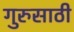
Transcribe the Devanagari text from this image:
गुरुसाठी